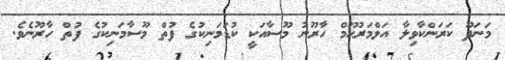
މަނަދޫ ކަރަންކާވިލާ އަލްމަރުޙޫމް ހާރޫނު މޫސާއަކީ ކުޑަމަނިކުގެ ފުތް މޫސާމަނިކުގެ ފުތް ހާރޫނެވެ.